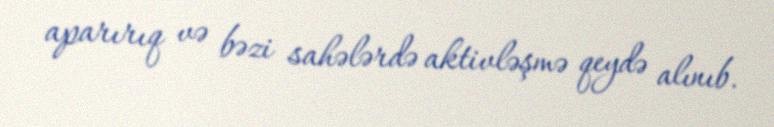
aparırıq və bəzi sahələrdə aktivləşmə qeydə alınıb.